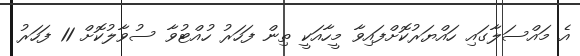
އެ މައްސަލާގައި ހައްޔަރުކޮށްފައިވާ މީހާއަކީ ތިން ފަހަރު ހުއްޓުވާ ސުވާލުކޮށް 11 ފަހަރު